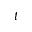
t